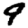
Digit: 9